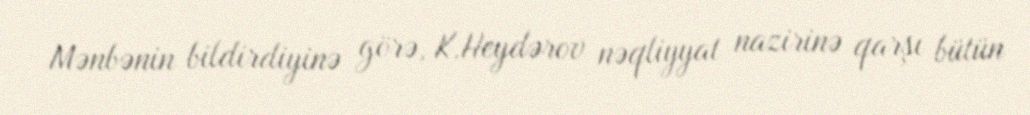
Mənbənin bildirdiyinə görə, K.Heydərov nəqliyyat nazirinə qarşı bütün